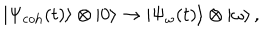
| \Psi _ { \mathrm { c o h } } ( t ) \rangle \otimes | 0 \rangle \rightarrow | \Psi _ { \omega } ( t ) \rangle \otimes | \omega \rangle \, ,